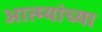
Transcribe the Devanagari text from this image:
आत्म्यांच्या